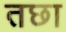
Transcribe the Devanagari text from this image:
तछा